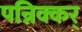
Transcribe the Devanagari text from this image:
पन्निक्कर्